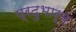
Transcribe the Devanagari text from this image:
प्रदुभार्व